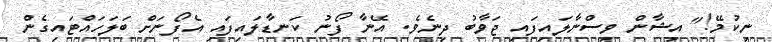
ނިކުމޭ!" އިޝާން ވިސްނާލައިފައި ޖަވާބު ދިނެވެ. އޭނާ ފޯނު ކަނޑާލައިފައި އެފޯނަށް ބަލަހައްޓައިގެން